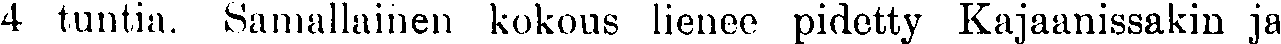
4 tuntia. Samallainen kokous lienee pidetty Kajaanissakin ja